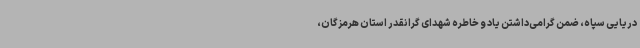
دریایی سپاه، ضمن گرامی‌داشتن یاد و خاطره شهدای گرانقدر استان هرمزگان،